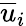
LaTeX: \overline{{u}}_{i}